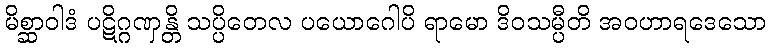
မိစ္ဆာဝါဒံ ပဋိဂ္ဂဏှန္တိ သပ္ပိတေလ ပယောဂေါပိ ရာမော ဒိဝသမ္ပီတိ အဝဟာရဒေသော